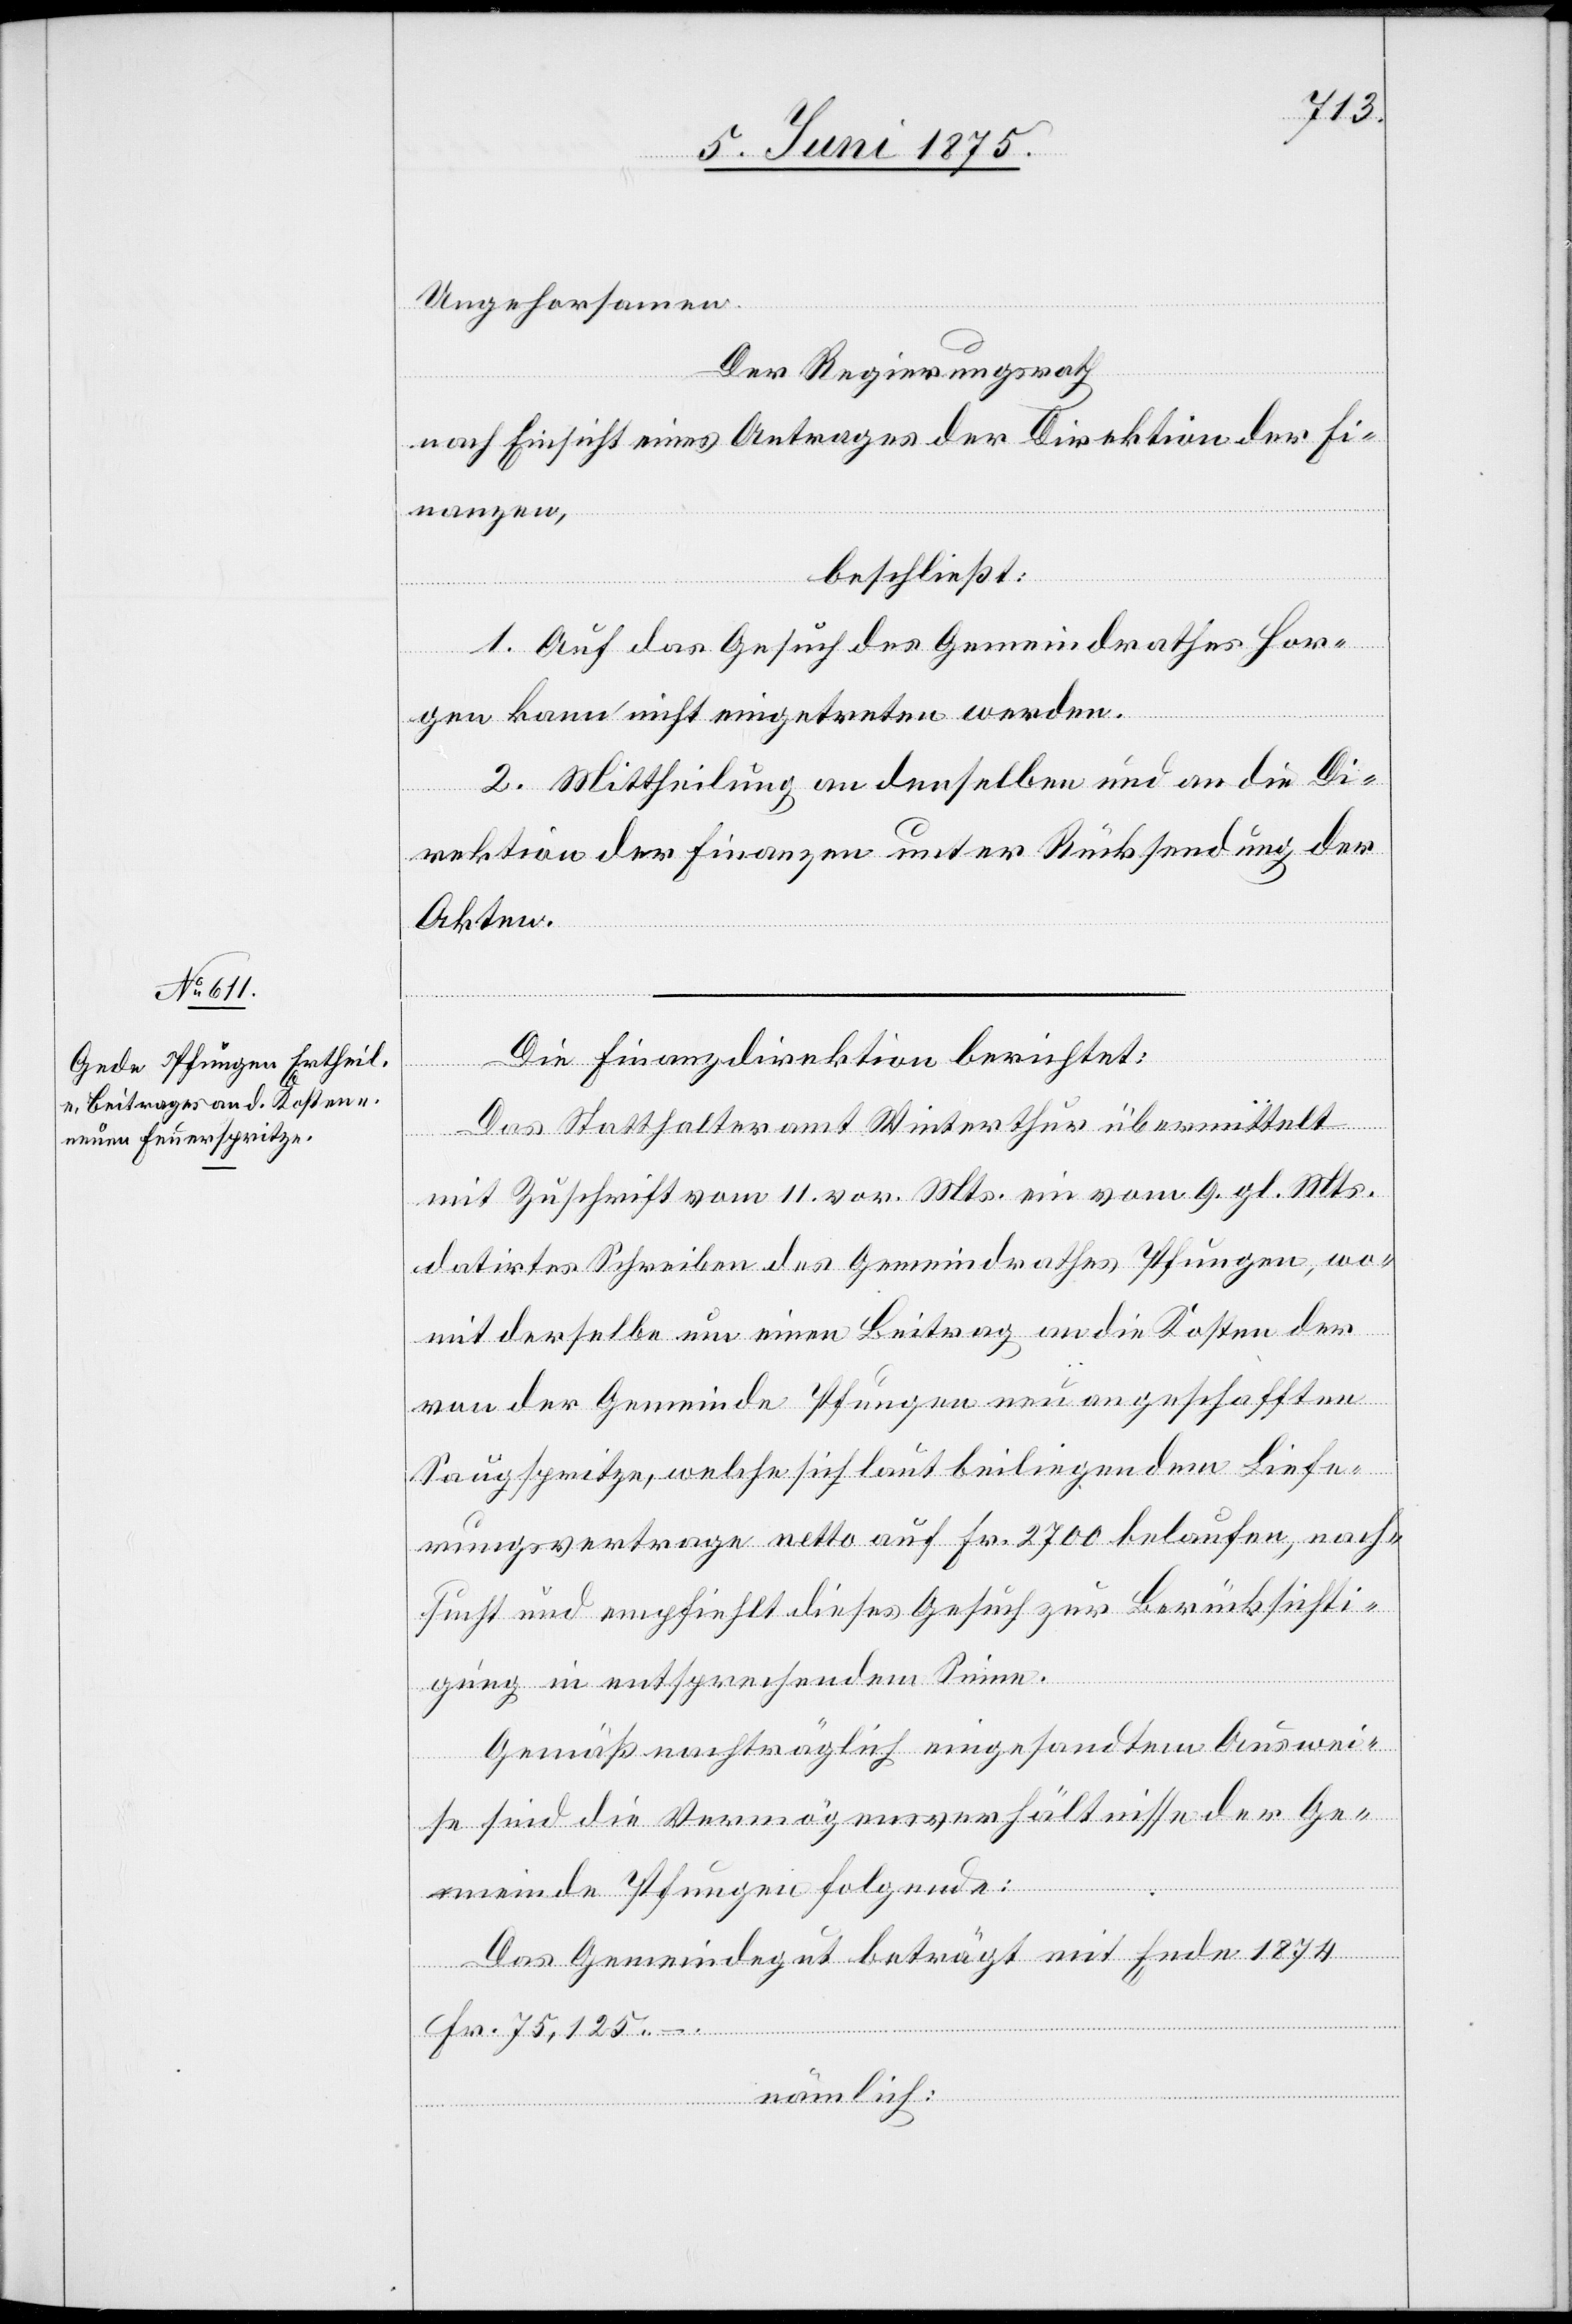
Ungehorsamen.
Der Regierungsrath,
nach Einsicht eines Antrages der Direktion der Fi¬
nanzen,
beschließt:
1. Auf das Gesuch des Gemeindrathes Hor¬
gen kann nicht eingetreten werden.
2. Mittheilung an denselben und an die Di¬
rektion der Finanzen unter Rücksendung der
Akten.
Die Finanzdirektion berichtet:
Das Statthalteramt Winterthur übermittelt
mit Zuschrift vom 11. vor. Mts. ein vom 9. gl. Mts.
datirtes Schreiben des Gemeindrathes Pfungen, wo¬
mit derselbe um einen Beitrag an die Kosten der
von der Gemeinde Pfungen neu geschafften
Saugspritze, welche sich laut beiliegendem Liefe¬
rungsvertrage netto auf Fr. 2700 belaufen, nach¬
sucht und empfiehlt dieses Gesuch zur Berücksichti¬
gung in entsprechendem Sinne.
Gemäß nachträglich eingesandten Auswei¬
se sind die Vermögensverhältnisse er Ge¬
meinde Pfungen folgende:
Das Gemeindegut beträgt mit Ende 1874
Fr. 75,125 –.
nämlich: